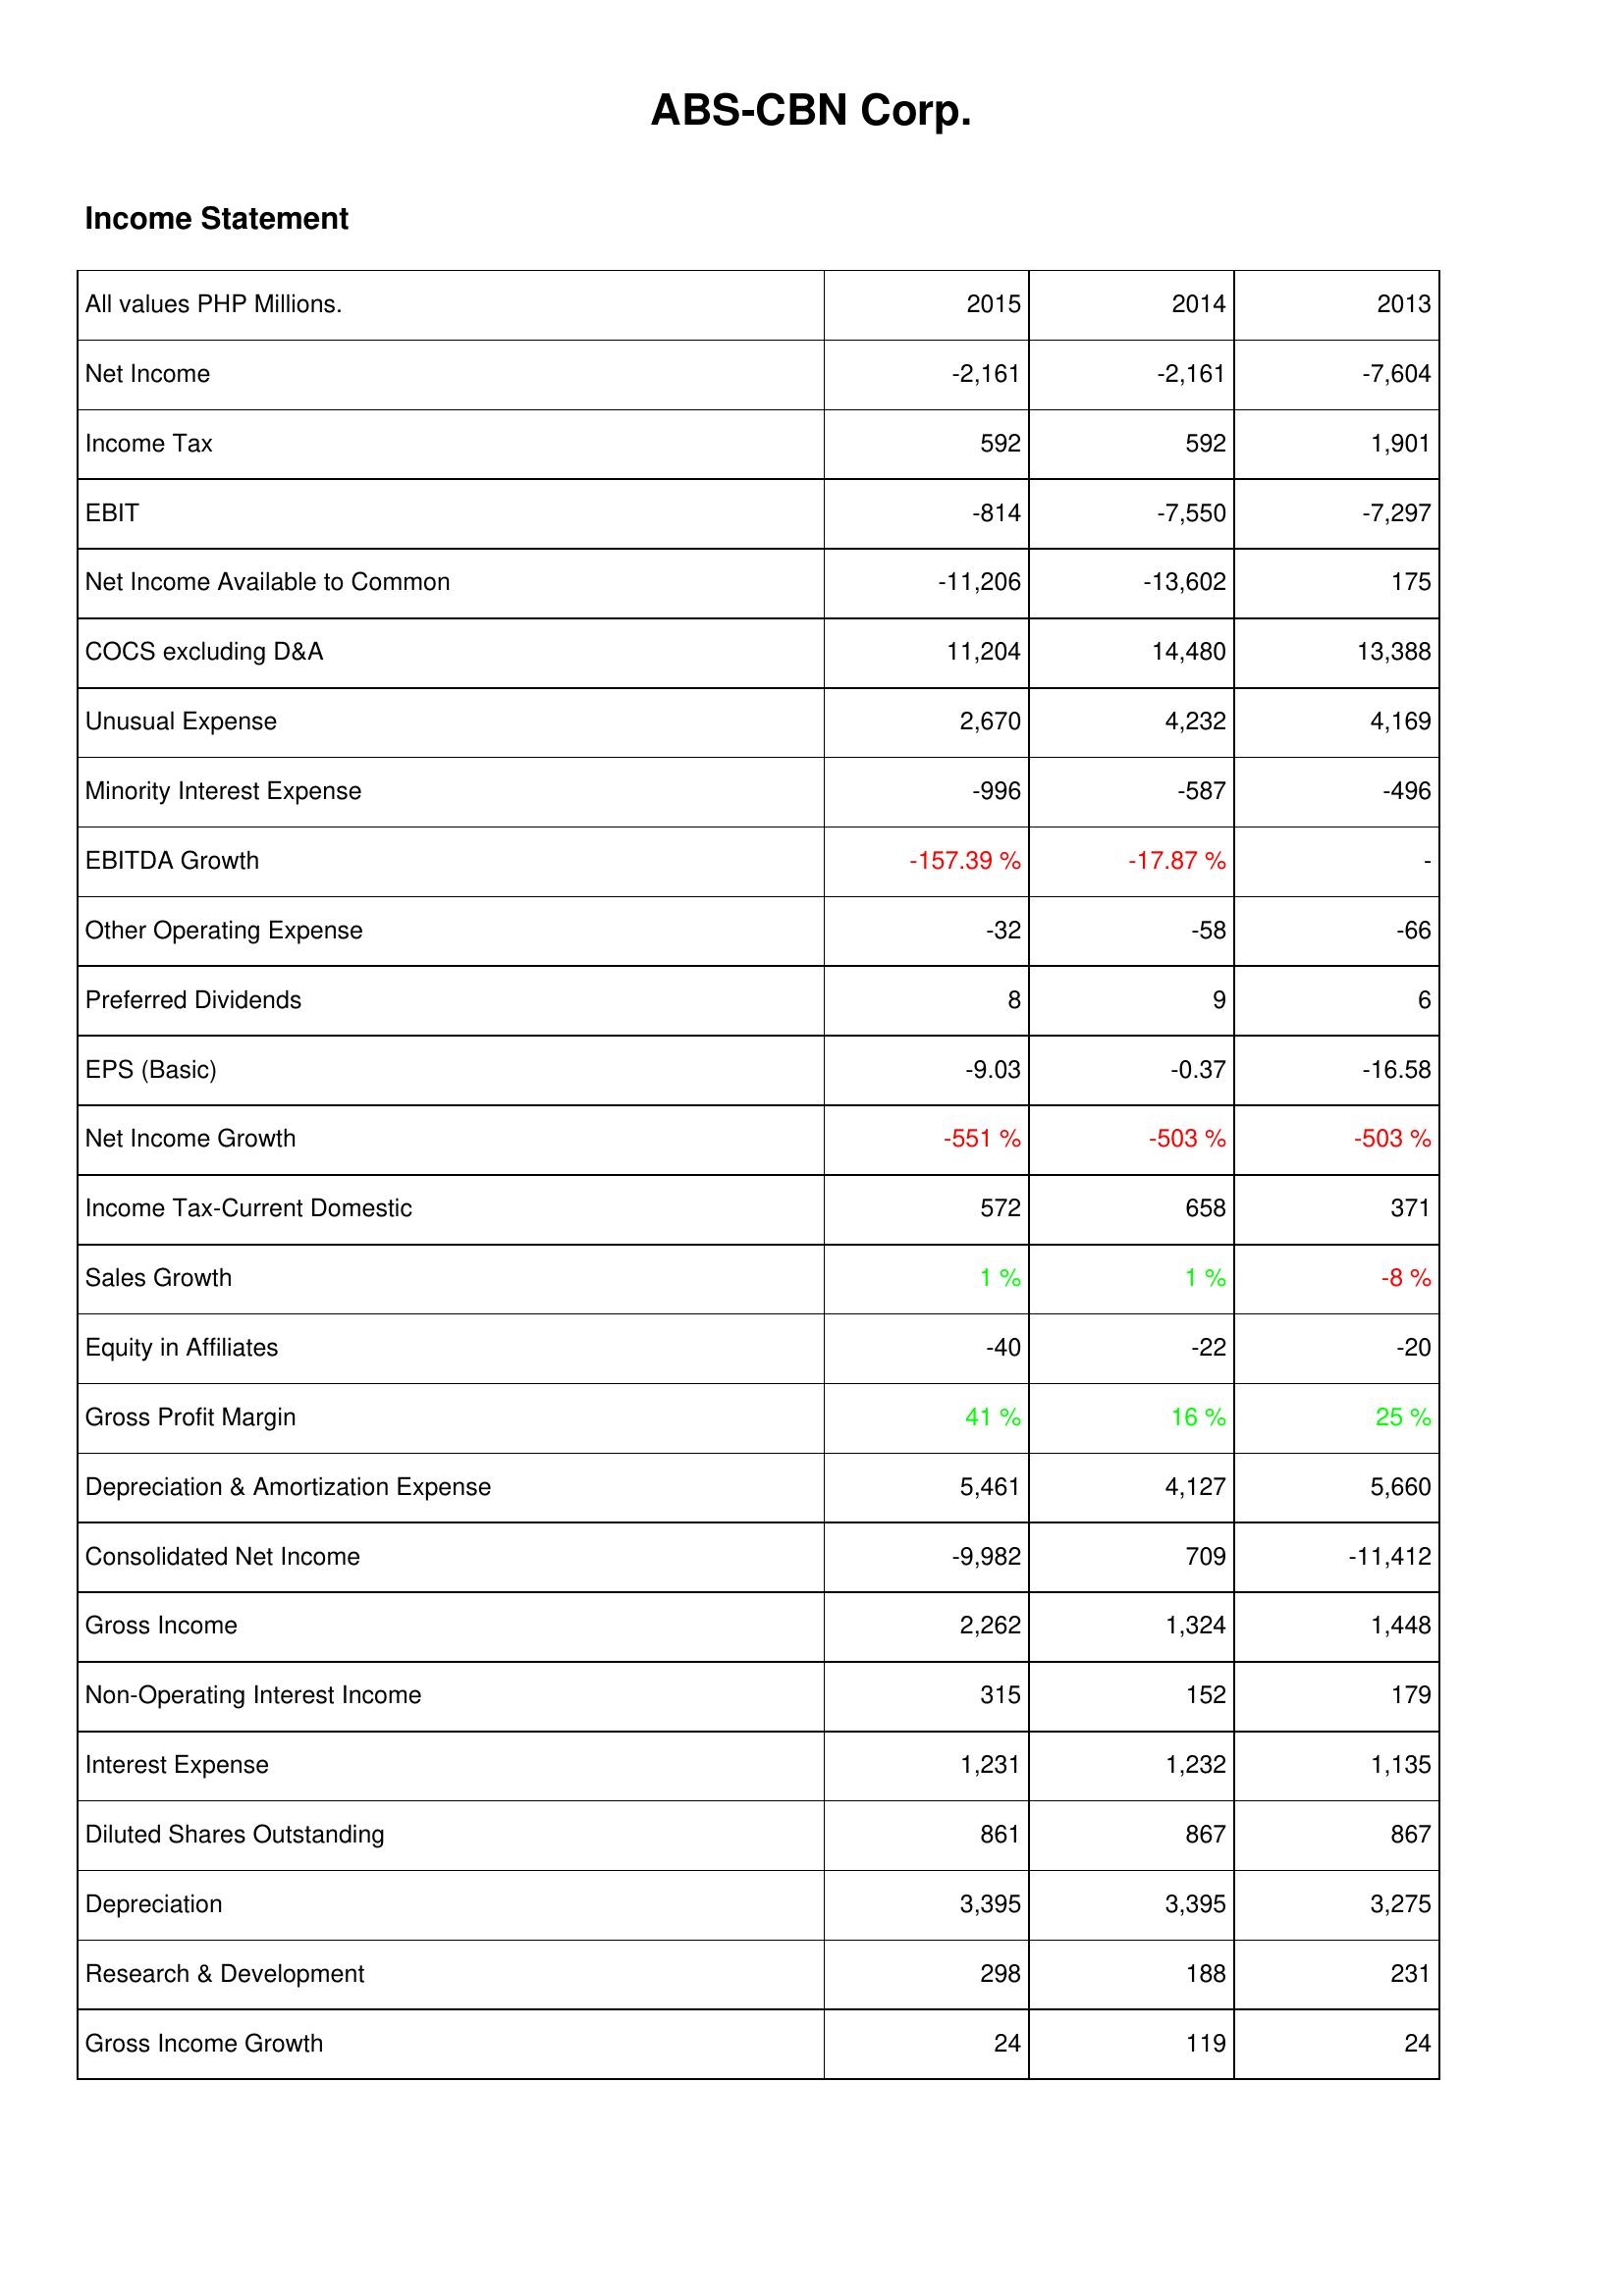
2015: Income Statement: Net Income: -2,161
Income Tax: 592
EBIT: -814
Net Income Available to Common: -11,206
COCS excluding D&A: 11,204
Unusual Expense: 2,670
Minority Interest Expense: -996
EBITDA Growth: -157.39 %
Other Operating Expense: -32
Preferred Dividends: 8
EPS (Basic): -9.03
Net Income Growth: -551 %
Income Tax-Current Domestic: 572
Sales Growth: 1 %
Equity in Affiliates: -40
Gross Profit Margin: 41 %
Depreciation & Amortization Expense: 5,461
Consolidated Net Income: -9,982
Gross Income: 2,262
Non-Operating Interest Income: 315
Interest Expense: 1,231
Diluted Shares Outstanding: 861
Depreciation: 3,395
Research & Development: 298
Gross Income Growth: 24
2014: Income Statement: Net Income: -2,161
Income Tax: 592
EBIT: -7,550
Net Income Available to Common: -13,602
COCS excluding D&A: 14,480
Unusual Expense: 4,232
Minority Interest Expense: -587
EBITDA Growth: -17.87 %
Other Operating Expense: -58
Preferred Dividends: 9
EPS (Basic): -0.37
Net Income Growth: -503 %
Income Tax-Current Domestic: 658
Sales Growth: 1 %
Equity in Affiliates: -22
Gross Profit Margin: 16 %
Depreciation & Amortization Expense: 4,127
Consolidated Net Income: 709
Gross Income: 1,324
Non-Operating Interest Income: 152
Interest Expense: 1,232
Diluted Shares Outstanding: 867
Depreciation: 3,395
Research & Development: 188
Gross Income Growth: 119
2013: Income Statement: Net Income: -7,604
Income Tax: 1,901
EBIT: -7,297
Net Income Available to Common: 175
COCS excluding D&A: 13,388
Unusual Expense: 4,169
Minority Interest Expense: -496
EBITDA Growth: -
Other Operating Expense: -66
Preferred Dividends: 6
EPS (Basic): -16.58
Net Income Growth: -503 %
Income Tax-Current Domestic: 371
Sales Growth: -8 %
Equity in Affiliates: -20
Gross Profit Margin: 25 %
Depreciation & Amortization Expense: 5,660
Consolidated Net Income: -11,412
Gross Income: 1,448
Non-Operating Interest Income: 179
Interest Expense: 1,135
Diluted Shares Outstanding: 867
Depreciation: 3,275
Research & Development: 231
Gross Income Growth: 24